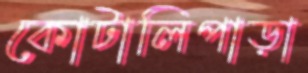
কোটালিপাড়া